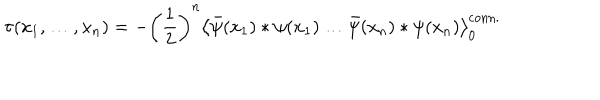
\tau ( x _ { 1 } , \ldots , x _ { n } ) = - \left( \frac { 1 } { 2 } \right) ^ { n } \left< \bar { \psi } ( x _ { 1 } ) * \psi ( x _ { 1 } ) \ldots \bar { \psi } ( x _ { n } ) * \psi ( x _ { n } ) \right> _ { 0 } ^ { \mathrm { c o n n . } }